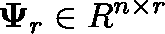
\mathbf { \Psi } _ { r } \in \mathbb { R } ^ { n \times r }